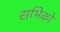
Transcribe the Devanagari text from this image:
सभिको